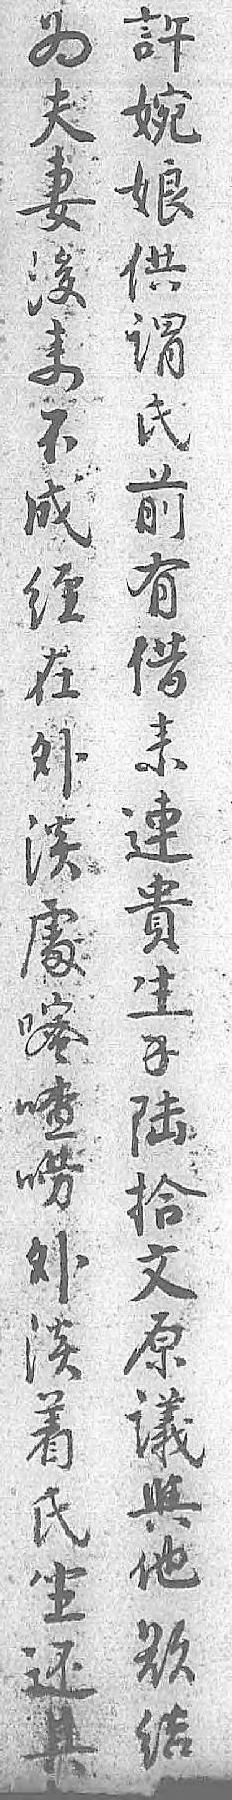
为許夫婉妻娘後供来谓不氏成前经有在借外来淡連䖏貴嘧生喳錢唠陆外拾淡文着原氏議坐與还他其欲 结